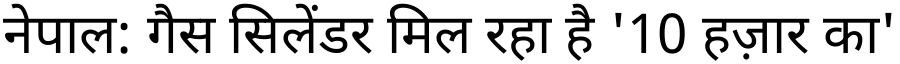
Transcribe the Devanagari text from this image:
नेपाल: गैस सिलेंडर मिल रहा है '10 हज़ार का'